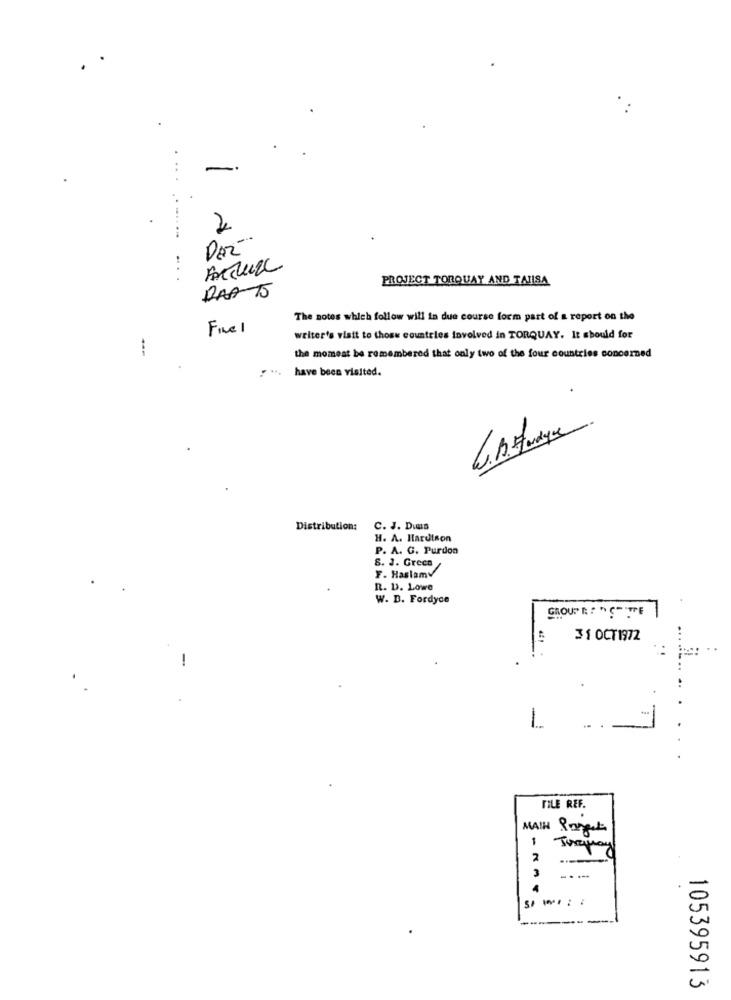
2
DAR-
..
PROJECT TORQUAY AND TALISA
RAAT5
The notes which follow will in due course form part of a report on the
Five
weiter's visit to those countries involved in TORQUAY. It should for
the moment be remembered that only two of the four countries concerned
have been visited.
Distribution:
C. J. Duas
H. A. Hardtson
P. A. G. Purdon
8. J. Greca
F. HaslamV
R. D. Lowe
W. D. Fordyce
31 OCT1972
-
-
FILE REF.
MAIN Pageet
Torquay
2
---
3
4
105395913